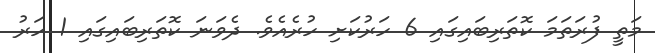
މަތީ ފުރަތަމަ ކޮތަރިބައިގައި 6 ހަރުކަށި ހުރެއެވެ. ދެވަނަ ކޮތަރިބައިގައި 1 ހަރު